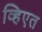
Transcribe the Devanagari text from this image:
व्हिएत